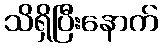
သိရှိပြီးနောက်